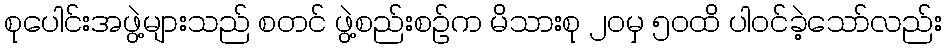
စုပေါင်းအဖွဲ့များသည် စတင် ဖွဲ့စည်းစဉ်က မိသားစု ၂၀မှ ၅၀ထိ ပါဝင်ခဲ့သော်လည်း